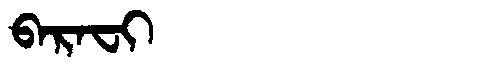
Manchu: ᠪᠠᡵᠠᠸᡳ
Romanization: BARAFI